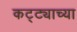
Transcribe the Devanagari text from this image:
कट्ट्याच्या